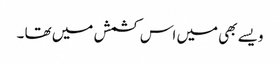
ویسے بھی میں اس کشمش میں تھا ۔